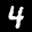
Label: 4